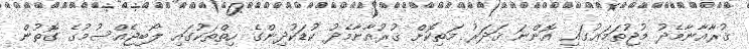
ޤުރާއާނާމެދު މުޖުތަމަޢުގައި އޮންނަ ޤަދަރު މަތިކޮށް ޤުރުއާނާމެދު ކުޑަކުދިންގެ ހިތްތަކުގައި ލޯބިޖެއްސުމުގެ ގޮތުން